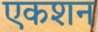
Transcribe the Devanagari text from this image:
एकशन